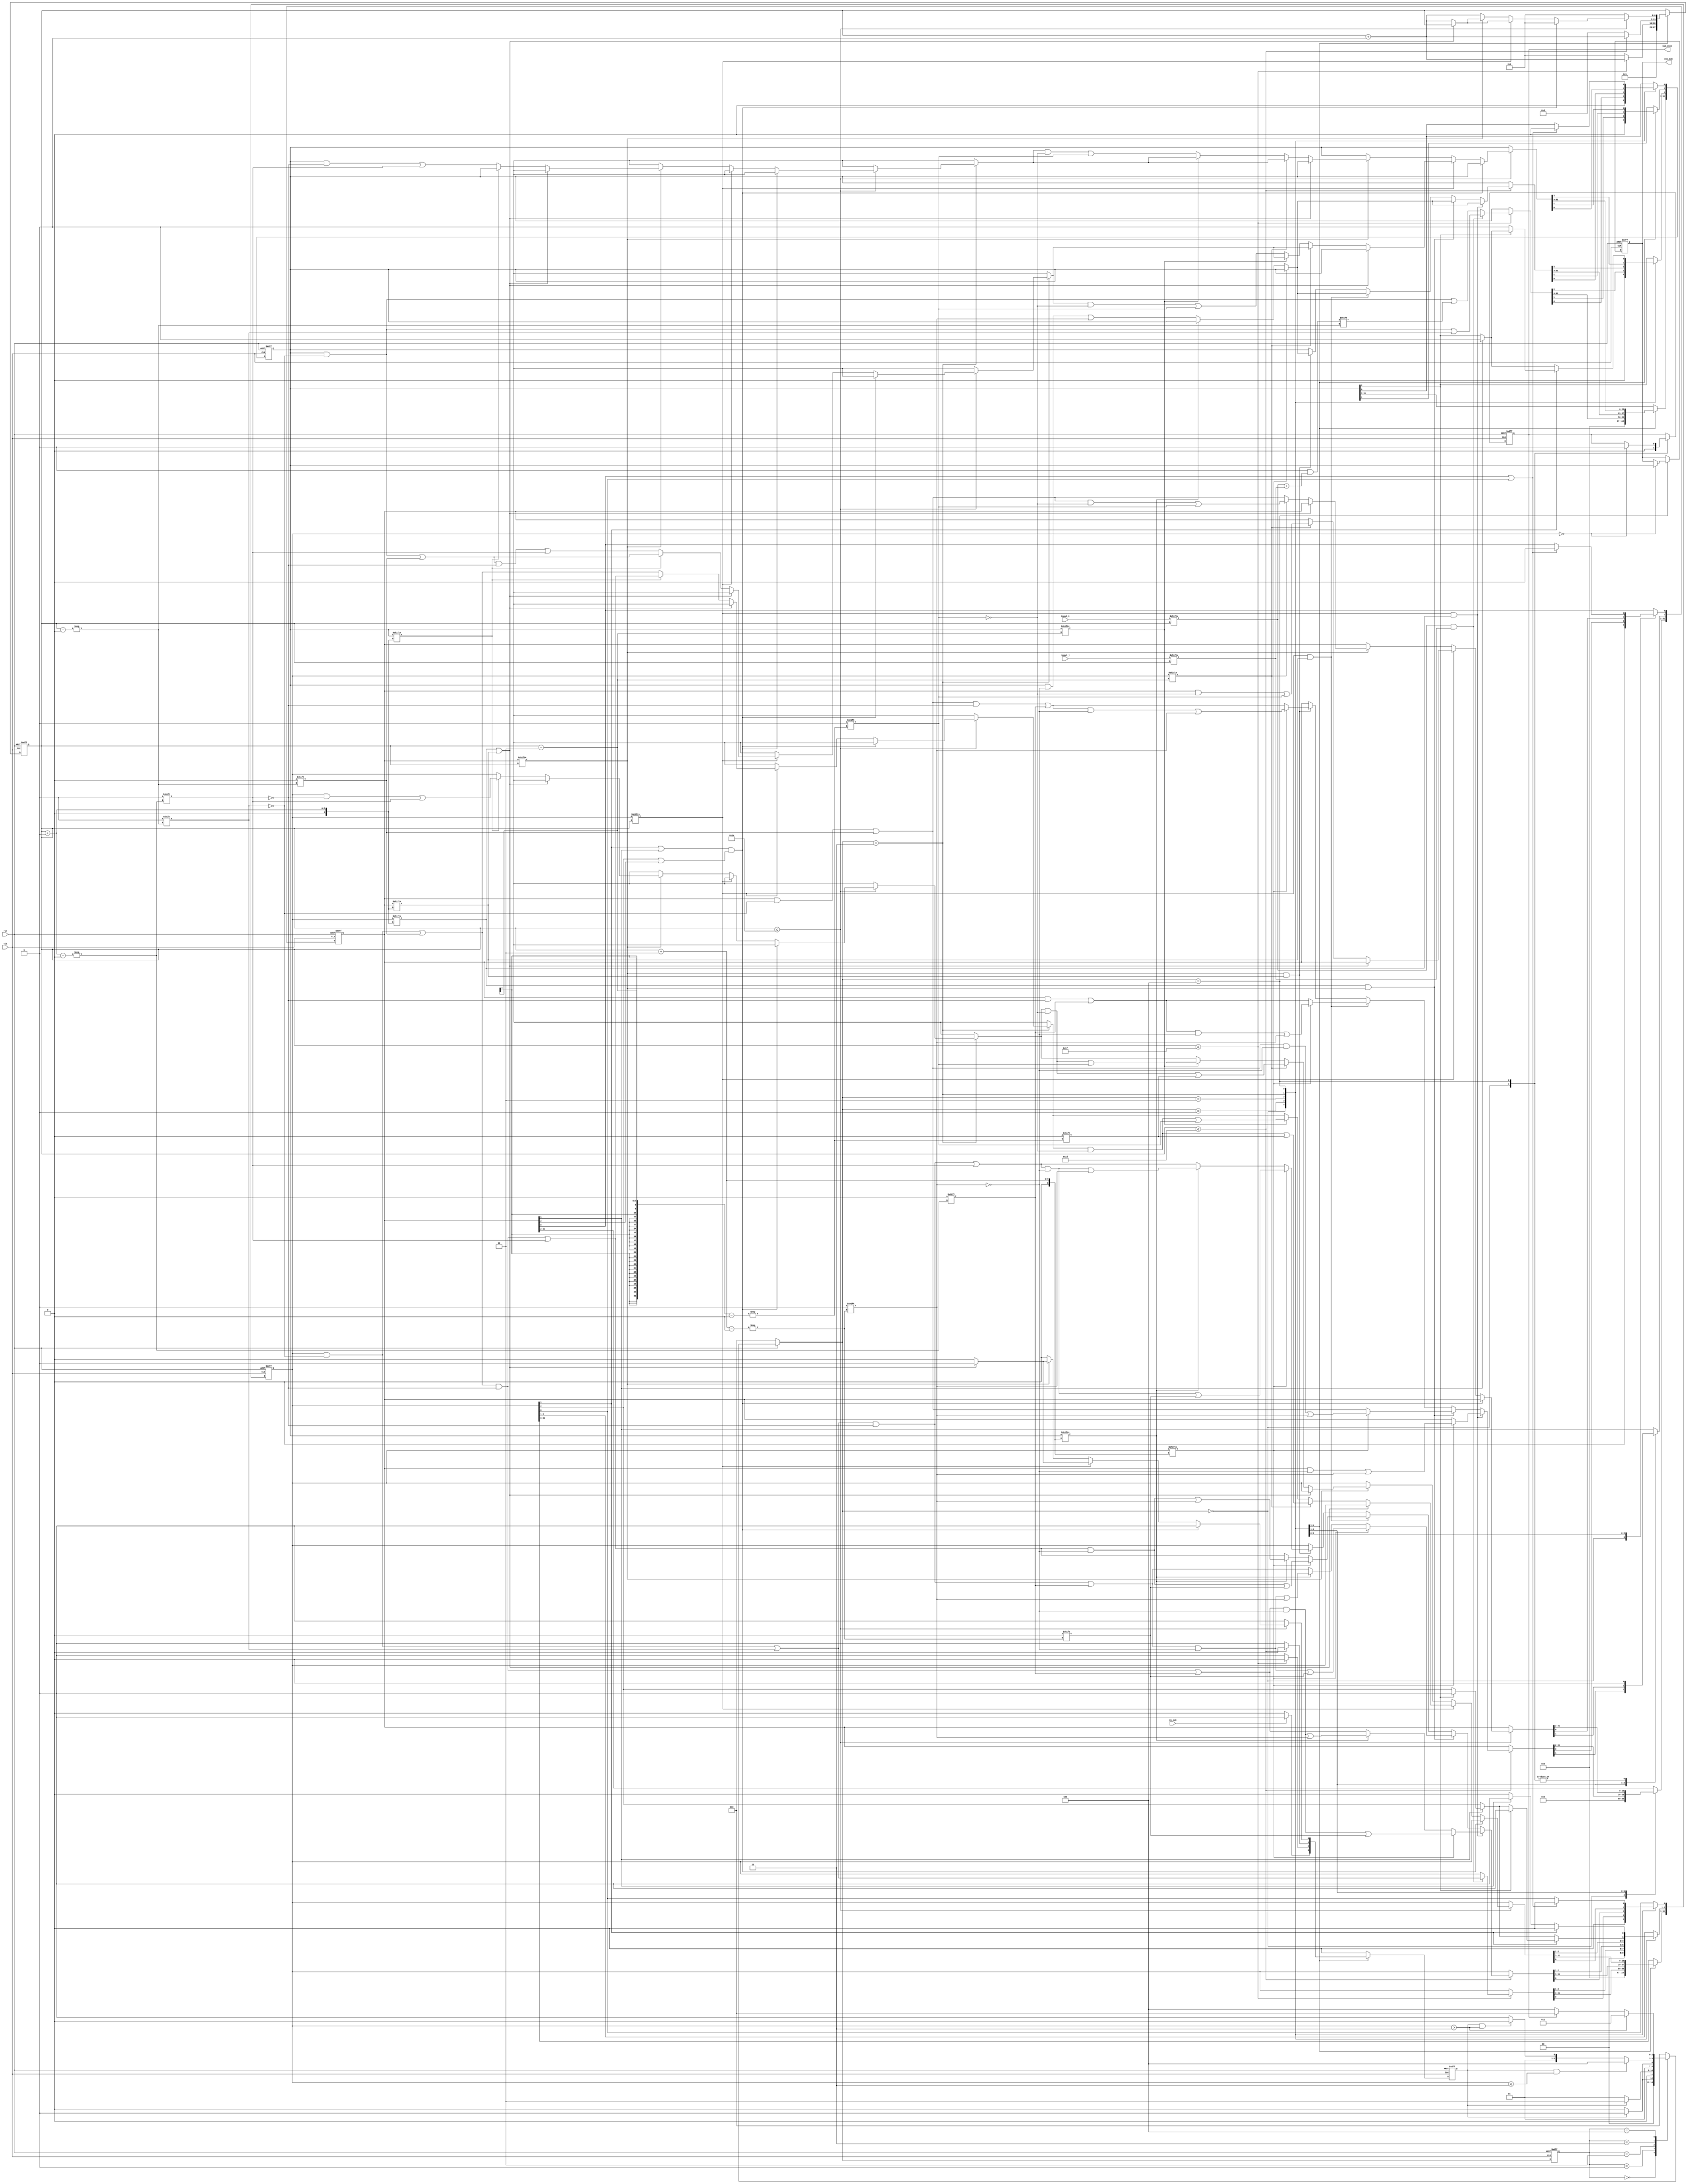
module sum_fibonacci(clk,rst,en_sum,input_i,input_j,out_sum,sum_done);
  input clk;
  input rst;
  input [31:0] input_i;
  input [31:0] input_j;
  input en_sum;         //
  output reg [31:0] out_sum;
  output sum_done;
  reg [31:0] sum;
  reg [31:0] mark_sum; //2
  //reg [31:0] re_mark_sum; // 
  reg [31:0] mark_sum_sum; // 3
 // reg [31:0] re_mark_sum_sum; //
  
  reg done ;
  reg sum_done;
  reg [6:0] count ;
  
  reg [2:0] current_state;  //
  reg [2:0] next_state;
  
  parameter IDLE = 3'b000;
  parameter SUM = 3'b001;
  parameter XI_SHU_HUA = 3'b010;
  parameter BIAN_HUAN = 3'b011;
  parameter WEI_SHU_DEAL = 3'b100;
  
  always @(posedge clk or negedge rst) begin
      if(!rst)
		current_state <=IDLE;
		else
		current_state <= next_state;
	end 
	
	always @(*) begin 
	   if(!rst)
		   next_state = IDLE;
	   else
		  begin
		  case(current_state)
			 IDLE: begin
			       if(done==1)
					  next_state = SUM;
					 else
					  next_state = IDLE;
					 end
			 SUM  : begin
			         if(done==1)
					     next_state =XI_SHU_HUA;
						else
					     next_state = SUM;	
						end
			 XI_SHU_HUA: begin
			             if(done==1)
							 next_state = BIAN_HUAN;
							 else
							 next_state = XI_SHU_HUA;
							 end
			 BIAN_HUAN: begin
			              if((done==1)&&(mark_sum<=3))
							  next_state = WEI_SHU_DEAL;
							  else if((done==1)&&(mark_sum>3))
							  next_state<= XI_SHU_HUA;
							  else 
							  next_state = BIAN_HUAN;
							end 
          WEI_SHU_DEAL: begin
			                 if(mark_sum>3)
								     next_state = BIAN_HUAN;
                          else if(sum_done==1)
				                next_state = IDLE;
							     else
							       next_state = WEI_SHU_DEAL;
							   end
			 default : next_state = IDLE;
			endcase
		end 
		end
				          				
	always @ (posedge clk or negedge rst) begin
	    if(!rst)
		   begin
			 out_sum<=0;
			 sum <=0;
			 mark_sum<=0;
			 done<=0;
			 sum_done <=0;
			 count<=0;
			 mark_sum_sum<=0;
			 
	      end
		else
		  begin
		    done<=0;
		    case(next_state)
			   IDLE: begin
				         count<=1;
				         sum_done<=0;
							sum<=0;
							mark_sum<=0;
							mark_sum_sum<=0;
			         	if(en_sum)
				            done<=1;
						   else
							   done<=0;
						 end
				SUM : begin
				        if(count<=31)
						      begin
								  if((input_i[count]==1)&&(input_j[count]==1))
								     begin
									    sum[count]<=1'b1;
										 mark_sum[count]<=1'b1;
										 count<=count+1'b1;
									  end 
								  else
								     begin
								       sum[count]<=input_i[count]+input_j[count];
										 count<=count+1'b1;
									  end
								end
						  else
						    begin 
						    count <= 0;
							 done <=1'b1;
							 end 
		            end 		
				XI_SHU_HUA: begin
				               if(count<=29)
									  begin
									     if((mark_sum[count]==1)&&(mark_sum[count+1]==1))   // 22
										     begin
											     mark_sum[count]<=0;
												  mark_sum[count+1]<=0;
												  count<=count+1'b1;
												  if(mark_sum[count+2]==1)
												     begin  
													   mark_sum[count+2]<=0;
														mark_sum_sum[count+2]<=1;
													  end 
													else if(sum[count+2]==1)
													   begin
														  mark_sum[count+2]<=1;
														end 
												   else 
													   sum[count+2]<=1;
											   end
										  else if((mark_sum[count+1]==1)&&(mark_sum_sum[count]==1))  //23
										      begin
												   mark_sum_sum[count]<=0;
													mark_sum[count]<=1;
													mark_sum[count+1]<=0;
													count<=count+1'b1;
													if(mark_sum[count+2]==1)
													  begin 
													  mark_sum[count+2]<=0;
													  mark_sum_sum[count+2]<=1;
													  end 
													else if(sum[count+2]==1)
													  begin
													     mark_sum[count+2]<=1;
													  end
													else
													  sum[count+2]<=1;	 
												 end 
										   else if((mark_sum[count]==1)&&(mark_sum_sum[count+1]==1)) //32
										       begin
												    mark_sum[count]<=0;
													 mark_sum_sum[count+1]<=0;
													 mark_sum[count+1]<=1;
													 count<=count+1'b1;
													 if(mark_sum[count+2]==1)
													   begin 
													    mark_sum[count+2]<=0;
														 mark_sum_sum[count+2]<=1;
														end 
													 else if(sum[count+2]==1)
													   begin 
														  mark_sum[count+2]<=1;
														end 
													 else
													     sum[count+2]<=1;
											     end 
											 else if((mark_sum_sum[count]==1)&&(mark_sum_sum[count+1]==1))  //33
											     begin
												     mark_sum_sum[count]<=0;
													  mark_sum_sum[count+1]<=0;
													  mark_sum[count]<=1;
													  mark_sum[count+1]<=1;
													  count<=count+1'b1;
													  if(mark_sum[count+2]==1)
												       begin  
													      mark_sum[count+2]<=0;
														   mark_sum_sum[count+2]<=1;
													    end 
													  else if(sum[count+2]==1)
													    begin
														   mark_sum[count+2]<=1;
														 end 
												   else 
													   sum[count+2]<=1;
												  end  
											 
											else       //1
										   count<=count+1'b1;
									  end 
									else
									  begin 
									  count<=2;
									  done<=1;
									  end 
							   end
								
				BIAN_HUAN : begin
				                if(count<=30)
									    begin
										    if(((mark_sum[1]==1)||(mark_sum_sum[1]==1))&&((mark_sum[2]==1)||(mark_sum_sum[2]==1)))
											    begin
												   done<=1;
													count<=0;
												 end
											else begin  
										    if(mark_sum[count]==1)  //2
											    begin
												   if((mark_sum[count+1]==1)||(mark_sum_sum[count+1]==1))
													   begin
													     done<=1;
														 end
												   else begin
											       mark_sum[count]<=0;		
												    sum[count]<=0;
													 count<=count+1'b1;
													 if(sum[count+1]==1)
													    mark_sum[count+1]<=1;
													 else
													    sum[count+1]<=1;
													 if(mark_sum[count-2]==1)
													    begin 
													    mark_sum[count-2]<=0;
														 mark_sum_sum[count-2]<=1;
														 end
													 else if(sum[count-2]==1)
													    mark_sum[count-2]<=1;
													 else
													    sum[count-2]<=1;
													     end
											          end
											 else if(mark_sum_sum[count]==1)   //3
											       begin
													    if((mark_sum[count+1]==1)||(mark_sum_sum[count+1]==1))
														   begin
														     done<=1;
															end 
														 else begin 
													      mark_sum_sum[count]<=0;
													      count<=count+1'b1;
													      if(sum[count+1]==1)
															  mark_sum[count+1]<=1;
															else 
													        sum[count+1]<=1;
															if(mark_sum[count-2]==1)
															  begin 
													        mark_sum[count-2]<=0;
															  mark_sum_sum[count-2]<=1;
															  end 
															else if(sum[count-2]==1)
															   mark_sum[count-2]<=1;
															else 
													         sum[count-2]<=1;		
														       end 
												    end
											 else          //10	 
											   count<=count+1'b1;
										    end 
											 end 
			                    else
									     begin
											done<=1;
											count<=0;
										  end 
			              end
							  
				 WEI_SHU_DEAL: begin
				                  if((mark_sum_sum[0]==1)||(mark_sum[0]==1)) //023
										  begin
										     sum[0]<=0;
											  mark_sum_sum[0]<=0;
											  mark_sum[0]<=0;
										  end
									   if(mark_sum_sum[1]==1)   //13
										  begin
										     mark_sum[1]<=1;
											  mark_sum_sum[1]<=0;
											  if(sum[2]==0)
											    sum[2]<=1;
											  else
											    mark_sum[2]<=1;
										  end 
										 if(mark_sum[1]==1) //12
										     begin
												 mark_sum[1]<=0;
												 if(sum[2]==0)
												    sum[2]<=1;
												 else
												   mark_sum[2]<=1; 
											  end 
										 if(mark_sum==0)
										   begin
											out_sum<=sum;
											sum_done<=1;
											end 
                           end
 					endcase	
		  end 
			
	end 
    	
endmodule